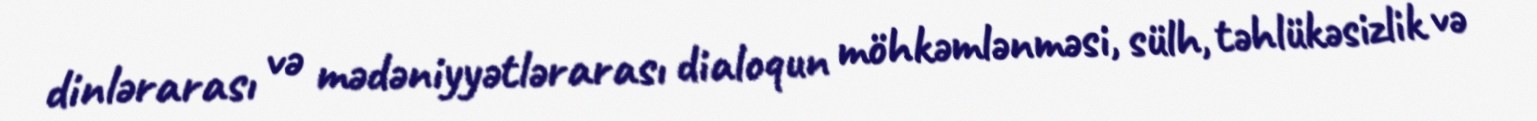
dinlərarası və mədəniyyətlərarası dialoqun möhkəmlənməsi, sülh, təhlükəsizlik və